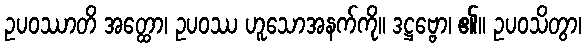
ဥပဝဿာတိ အတ္ထော၊ ဥပဝဿ ဟူသောအနက်ကို။ ဒဋ္ဌဗ္ဗော၊ ၏။ ဥပဝသိတွာ၊